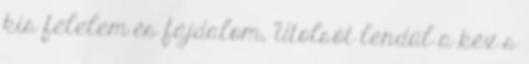
kis félelem és fájdalom, Utolsót lendül a kéz s